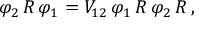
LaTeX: \varphi _ { 2 } \, R \, \varphi _ { 1 } = V _ { 1 2 } \, \varphi _ { 1 } \, R \, \varphi _ { 2 } \, R \, ,